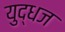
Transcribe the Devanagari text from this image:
युद्धज